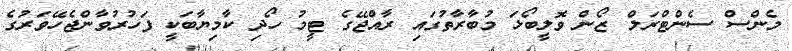
މެންސް ސެންޓްރަލް ޒޯން ވޮލީބޯޅަ މުބާރާތުގައި ރާއްޖޭގެ ޓީމު ހޯދި ކާމިޔާބަކީ ފަހުރުވާންޖެހޭވަރުގެ